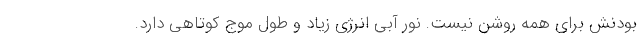
بودنش برای همه روشن نیست. نور آبی انرژی زیاد و طول موج کوتاهی دارد.